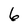
Character: 6